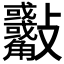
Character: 𣀾